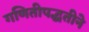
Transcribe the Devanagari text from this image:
गणितीपद्धतीने